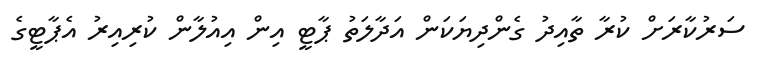
ސަރުކާރަށް ކުރާ ތާއިދު ގެންދިޔަކަން އަދާލަތު ޕާޓީ އިން އިއުލާން ކުރިއިރު އެޕާޓީގެ